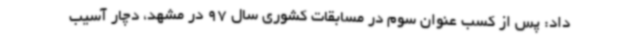
داد: پس از کسب عنوان سوم در مسابقات کشوری سال 97 در مشهد، دچار آسیب